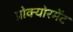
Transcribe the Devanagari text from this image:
प्रोक्योरमेंट